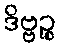
ဒိဗ္ဗဉ္စ